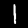
Label: 1